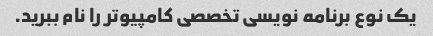
یک نوع برنامه نویسی تخصصی کامپیوتر را نام ببرید.